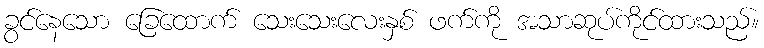
ခွင်နေသော ခြေထောက် သေးသေးလေးနှစ် ဖက်ကို အသာဆုပ်ကိုင်ထားသည်။